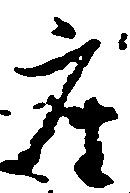
座